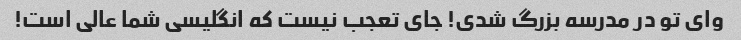
وای تو در مدرسه بزرگ شدی! جای تعجب نیست که انگلیسی شما عالی است!